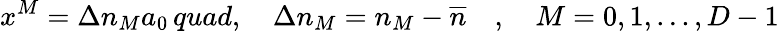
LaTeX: x^{M}=\Delta n_{M}a_{0}\, quad,\quad\Delta n_{M}=n_{M}-\overline{{n}}\quad,\quad M=0,1,...,D-1